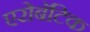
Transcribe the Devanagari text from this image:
एरोबॅटिक